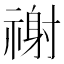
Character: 𥛖